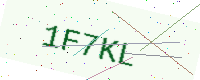
Text: 1F7KL